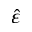
\hat { \varepsilon }